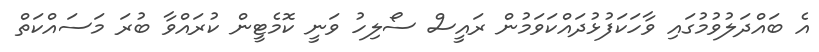
އެ ބައްދަލުވުމުގައި ވާހަކަފުޅުދައްކަވަމުން ރައީސް ސޯލިހު ވަނީ ކޮމެޓީން ކުރައްވާ ބުރަ މަސައްކަތް